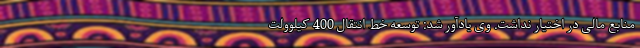
منابع مالی در اختیار نداشت. وی یادآور شد: توسعه خط انتقال 400 کیلوولت